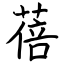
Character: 蓓